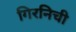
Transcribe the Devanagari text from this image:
गिरनिची